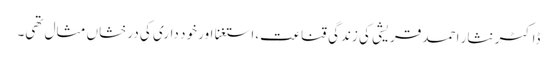
ڈاکٹر نثار احمد قریشی کی زندگی قناعت،استغنا اور خود داری کی درخشاں مثال تھی۔